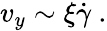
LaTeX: v_{y}\sim\xi\dot{\gamma}~.